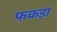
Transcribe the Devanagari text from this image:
फकड़ा